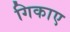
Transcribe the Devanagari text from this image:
गिकाए